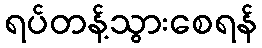
ရပ်တန့်သွားစေရန်